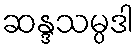
ဆန္ဒသမ္ပဒါ